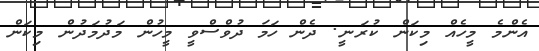
އެންމެ މީހެއް މިކަން ކުރަނީ. ދެން ހަމަ ދުވްސްވީ މީހުން މަދުމަދުން މިކަން